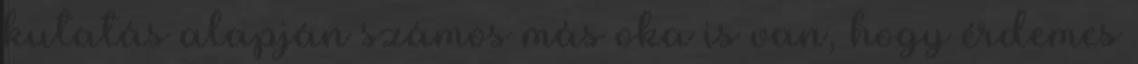
kutatás alapján számos más oka is van, hogy érdemes